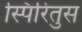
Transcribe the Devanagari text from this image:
स्पिरितुस